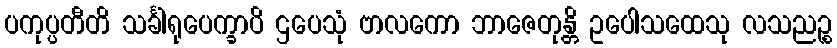
ပကုပ္ပတီတိ သင်္ခါရုပေက္ခာပိ ဌပေသုံ ဗာလကော ဘာဇေတုန္တိ ဥပေါသထေသု လသညဉ္စ